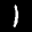
Label: 1